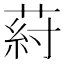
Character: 葤